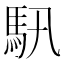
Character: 𩡰